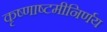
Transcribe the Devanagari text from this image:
कृष्णाष्टमीनिर्णय